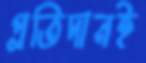
প্রতিদানই